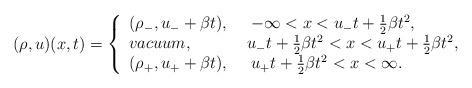
LaTeX: \begin{align*}(\rho,u)(x,t)=\left\{\begin{array}{ll}(\rho_-,u_-+\beta t),\ \ \ \ -\infty<x<u_{-}t+\frac{1}{2}\beta t^{2},\\vacuum,\ \ \ \ \ \ \ \ \ \ u_{-}t+\frac{1}{2}\beta t^{2}<x<u_{+}t+\frac{1}{2}\beta t^{2},\\(\rho_+,u_++\beta t),\ \ \ \ u_{+}t+\frac{1}{2}\beta t^{2}<x<\infty.\end{array}\right.\end{align*}